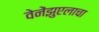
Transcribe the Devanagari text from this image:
वेनेंझुएलाचा